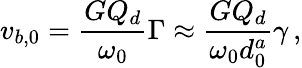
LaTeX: v_{b,0}=\frac{GQ_{d}}{\omega_{0}}\Gamma\approx\frac{GQ_{d}}{\omega_{0}d_{0}^{a}}\gamma\, ,